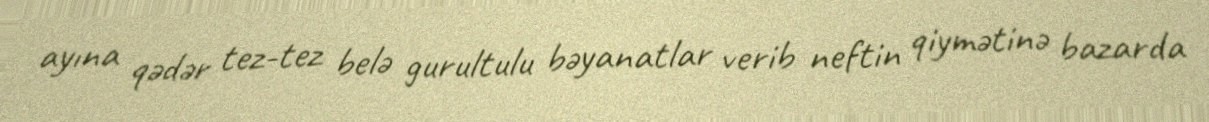
ayına qədər tez-tez belə gurultulu bəyanatlar verib neftin qiymətinə bazarda